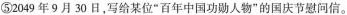
⑤2049年9月30日，写给某位”百年中国功勋人物”的国庆节慰问信。